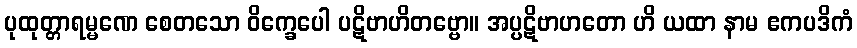
ပုထုတ္တာရမ္မဏေ စေတသော ဝိက္ခေပေါ ပဋိဗာဟိတဗ္ဗော။ အပ္ပဋိဗာဟတော ဟိ ယထာ နာမ ဧကပဒိကံ